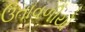
ઉતાવળીયો